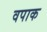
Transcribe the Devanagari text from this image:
वपाक